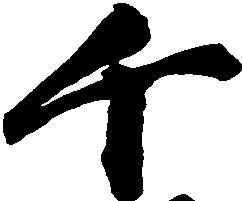
千